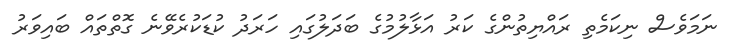
ނަމަވެސް ނިކަމެތި ރައްޔިތުންގެ ކަރު އަޅާލުމުގެ ބަދަލުގައި ހަރަދު ކުޑަކުރެވޭނެ ގޮތްތައް ބައިވަރު